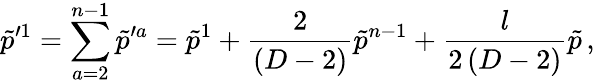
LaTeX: \tilde{p}^{\prime 1}=\sum_{a=2}^{n-1}\tilde{p}^{\prime a}=\tilde{p}^{1}+{\frac{2}{(D-2)}}\tilde{p}^{n-1}+{\frac{l}{2\, (D-2)}}\tilde{p}\, ,